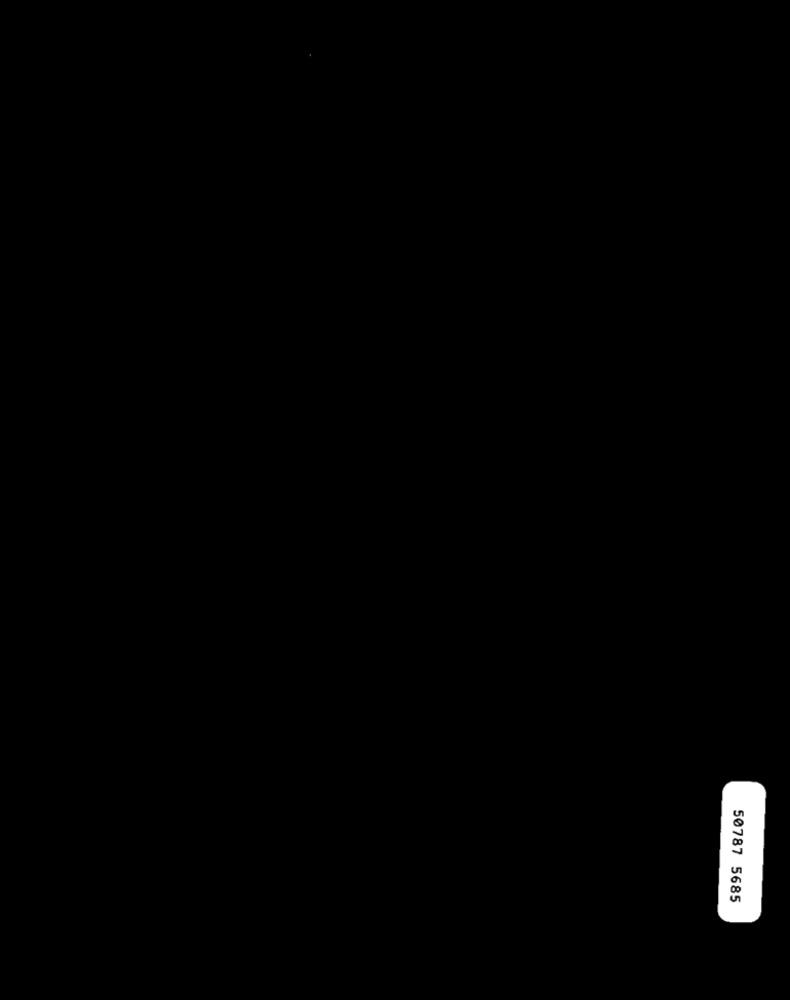
50787 5685